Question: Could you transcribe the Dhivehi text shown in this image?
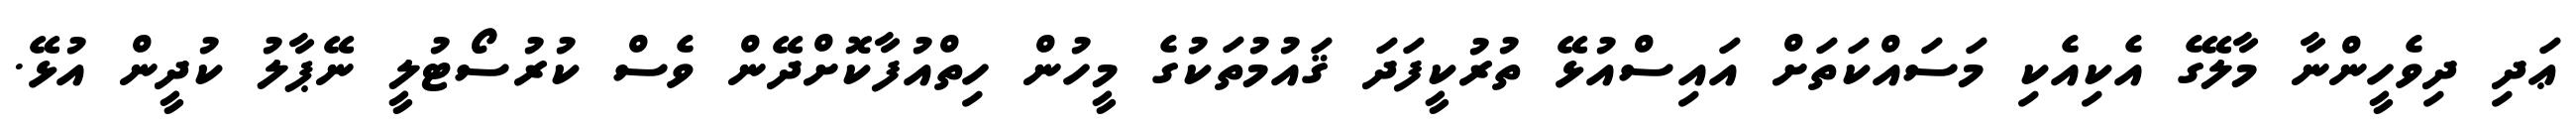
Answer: ޢަދި ދިވެހީންނާ މާލޭގެ އެކިއެކި މަސައްކަތަށް އައިސްއުޅޭ ތުރުކީފަދަ ޤައުމުތަކުގެ މީހުން ހިތްއުފާކޮށްދޭން ވެސް ކުރުސޯޓުލީ ނޭޕާލު ކުދީން އުޅޭ.